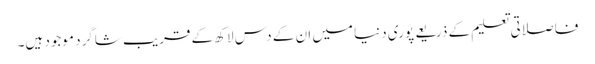
فاصلاتی تعلیم کے ذریعے پوری دنیا میں ان کے دس لاکھ کے قریب شاگرد موجود ہیں۔